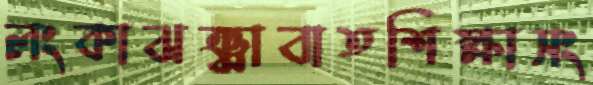
লংকাঝঞ্ঝাবাতশিক্ষাসং